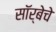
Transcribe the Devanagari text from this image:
सॉर्बेचे